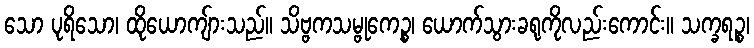
သော ပုရိသော၊ ထိုယောကျ်ားသည်။ သိဗ္ဗကသမ္ဗုကေဉ္စ၊ ယောက်သွားခရုကိုလည်းကောင်း။ သက္ခရဉ္စ၊